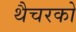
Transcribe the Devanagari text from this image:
थैचरको